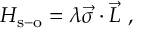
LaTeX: H _ { \mathrm { s - o } } = \lambda \vec { \sigma } \cdot \vec { L } ~ ,